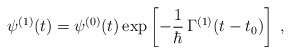
\begin{align*}\psi^{(1)}(t) = \psi^{(0)}(t) \exp\left[ -\frac{1}{\hbar}\, \Gamma^{(1)}(t - t_0)\right] \;,\end{align*}